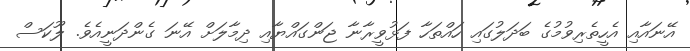
އޭނައާއި އެހީތެރިވުމުގެ ބަދަލުގައި ހައްތަހާ ފަޅުވީރާނާ ޖަންގައްޔާއި ދިމާލަށް އޭނަ ގެންދަނީއެވެ. ލޫކަސް